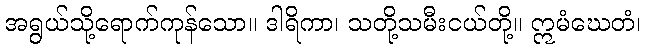
အရွယ်သို့ရောက်ကုန်သော။ ဒါရိကာ၊ သတို့သမီးငယ်တို့။ ဣမံဃေတံ၊